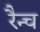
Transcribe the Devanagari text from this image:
रैन्च